Indian journal of veterinary science and animal husbandry - Volume 4,
Year: 1934
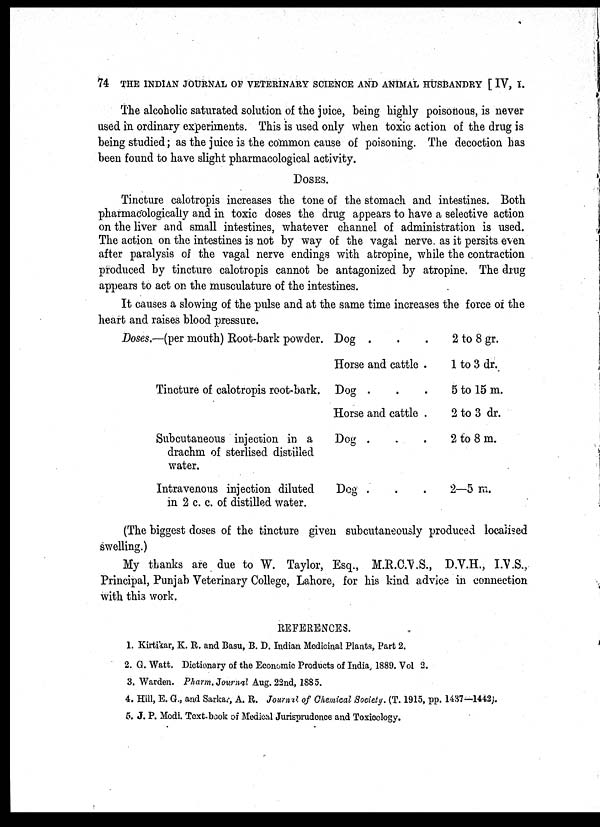
74 THE INDIAN JOURNAL OF VETERINARY SCIENCE AND ANIMAL HUSBANDRY [ IV, I.
The alcoholic saturated solution of the juice, being highly poisonous, is never
used in ordinary experiments. This is used only when toxic action of the drug is
being studied; as the juice is the common cause of poisoning. The decoction has
been found to have slight pharmacological activity.
DOSES.
Tincture calotropis increases the tone of the stomach and intestines. Both
pharmacologically and in toxic doses the drug appears to have a selective action
on the liver and small intestines, whatever channel of administration is used.
The action on the intestines is not by way of the vagal nerve as it persits even
after paralysis of the vagal nerve endings with atropine, while the contraction
produced by tincture calotropis cannot be antagonized by atropine. The drug
appears to act on the musculature of the intestines.
It causes a slowing of the pulse and at the same time increases the force of the
heart and raises blood pressure.
Doses.—(per mouth) Root-bark powder.
Tincture of calotropis root-bark.
Subcutaneous injection in a
drachm of sterlised distilled
water.
Intravenous injection diluted
in 2 c. c. of distilled water.
Dog .
Horse and cattle .
Dog .
.
.
Horse and cattle .
Dog .
.
.
Dog .
2 to 8 gr.
1 to 3 dr.
5 to 15 m.
2 to 3 dr.
2 to 8 m.
2—5 m.
(The biggest doses of the tincture given subcutaneously produced localised
swelling.)
My thanks are due to W. Taylor, Esq., M.R.C.V.S., D.V.H., I.V.S.,
Principal, Punjab Veterinary College, Lahore, for his kind advice in connection
with this work.
REFERENCES.
1. Kirtikar, K. R. and Basu, B. D. Indian Medicinal Plants, Part 2.
2. G. Watt. Dictionary of the Economic Products of India, 1889. Vol 2.
3. Warden. Pharm. Journal Aug. 22nd, 1885.
4. Hill, E. G., and Sarkar, A. R. Journal of Chemical Society. (T. 1915, pp. 1437—1442).
5. J. P. Modi. Text-book of Medical Jurisprudence and Toxicology.